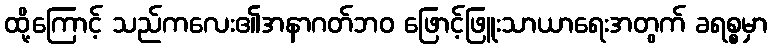
ထို့ကြောင့် သည်ကလေး၏အနာဂတ်ဘဝ ဖြောင့်ဖြူးသာယာရေးအတွက် ခရစ္စမှာ